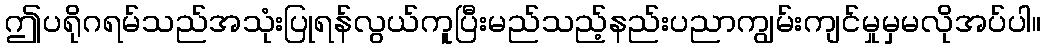
ဤပရိုဂရမ်သည်အသုံးပြုရန်လွယ်ကူပြီးမည်သည့်နည်းပညာကျွမ်းကျင်မှုမှမလိုအပ်ပါ။